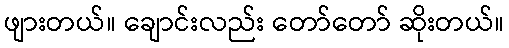
ဖျားတယ်။ ချောင်းလည်း တော်တော် ဆိုးတယ်။